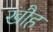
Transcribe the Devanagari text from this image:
खौह